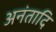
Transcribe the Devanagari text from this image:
अनंतादि